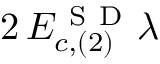
2 \, E _ { c , ( 2 ) } ^ { \mathrm { ~ S ~ D ~ } } \lambda